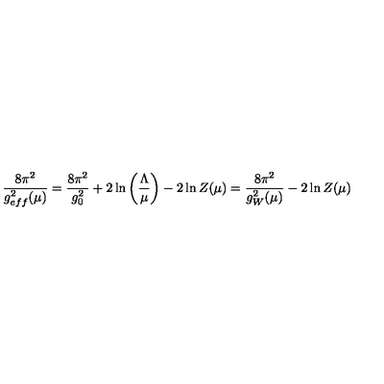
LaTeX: \frac { 8 \pi ^ { 2 } } { g _ { e f f } ^ { 2 } ( \mu ) } = \frac { 8 \pi ^ { 2 } } { g _ { 0 } ^ { 2 } } + 2 \ln \left( \frac { \Lambda } { \mu } \right) - 2 \ln Z ( \mu ) = \frac { 8 \pi ^ { 2 } } { g _ { W } ^ { 2 } ( \mu ) } - 2 \ln Z ( \mu )